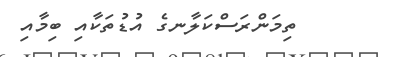
ތިމަންރަސްކަލާނގެ އުޑުތަކާއި ބިމާއި